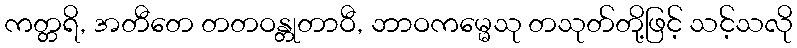
ကတ္တရိ, အတီတေ တတဝန္တုတာဝီ, ဘာဝကမ္မေသု တသုတ်တို့ဖြင့် သင့်သလို